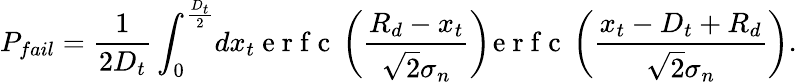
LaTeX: P_{fail}=\frac{1}{2D_{t}}\int_{0}^{\frac{D_{t}}{2}}\! dx_{t}\mathrm{~e~r~f~c~}\left(\frac{R_{d}-x_{t}}{\sqrt{2}\sigma_{n}}\right)\! \mathrm{~e~r~f~c~}\left(\frac{x_{t}-D_{t}+R_{d}}{\sqrt{2}\sigma_{n}}\right).